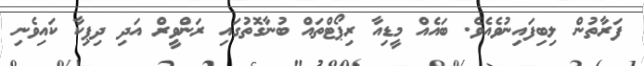
ފަރާތުން ލިބިފައިނުވެއެވެ. ބައެއް މީޑިއާ ރިޕޯޓްތައް ބުނާގޮތުގައި ރަންވީރް އަދި ދިޕިކާ ކައިވެނި